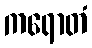
ကရောတံ